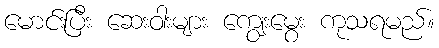
မောင်းပြီး ဆေးဝါးများ ကျွေးမွေး ကုသရမည်။